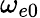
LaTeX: \omega_{e0}